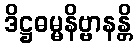
ဒိဋ္ဌဓမ္မနိဗ္ဗာနန္တိ